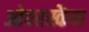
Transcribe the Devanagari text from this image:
ओवरस्कैन